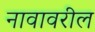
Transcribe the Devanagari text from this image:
नावावरील